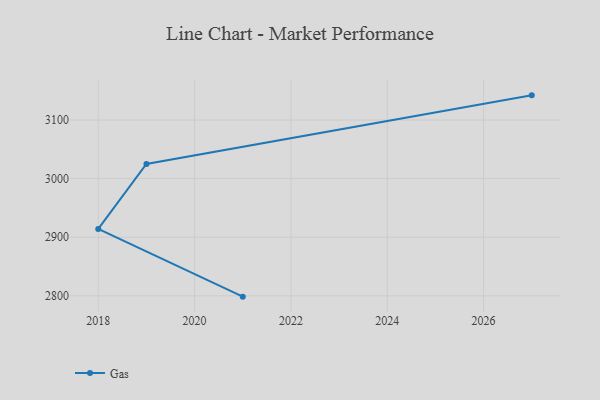
{"axis": {"x": "Year", "y": "Satisfaction Score"}, "legend": ["Gas"], "data": [{"x": "2027", "y": 3142.1, "type": "Gas"}, {"x": "2019", "y": 3025.0, "type": "Gas"}, {"x": "2018", "y": 2914.1, "type": "Gas"}, {"x": "2021", "y": 2798.6, "type": "Gas"}]}